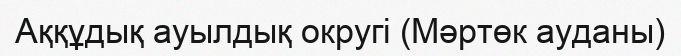
Аққұдық ауылдық округі (Мәртөк ауданы)